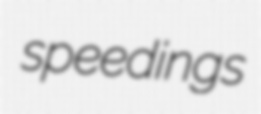
speedings